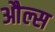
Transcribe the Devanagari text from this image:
औल्स